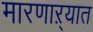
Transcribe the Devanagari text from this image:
मारणाऱ्यात